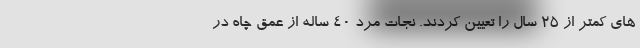
های کمتر از ۲۵ سال را تعیین کردند. نجات مرد ۴۰ ساله از عمق چاه در